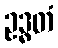
ဥဒ္ဓတံ